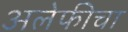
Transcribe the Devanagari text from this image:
अलेफीचा